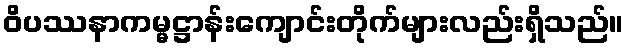
ဝိပဿနာကမ္မဋ္ဌာန်းကျောင်းတိုက်များလည်းရှိသည်။